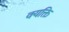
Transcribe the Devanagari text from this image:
क्यक्ति